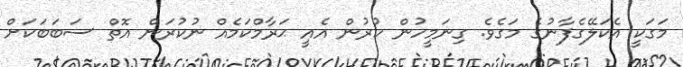
މަގަކީ އެކަލޭގެފާނުގެ މަގެވެ. ގިނަމީހުން ކުރުން އެއީ ޙަރާމްކަމެއް ނުކުރަން އޮތް ސަބަބަކަށް